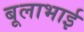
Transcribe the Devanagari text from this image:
बूलाभाई